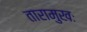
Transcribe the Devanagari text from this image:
तारामुखः